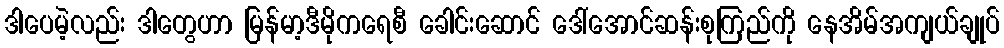
ဒါပေမဲ့လည်း ဒါတွေဟာ မြန်မာ့ဒီမိုကရေစီ ခေါင်းဆောင် ဒေါ်အောင်ဆန်းစုကြည်ကို နေအိမ်အကျယ်ချုပ်